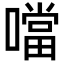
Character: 噹